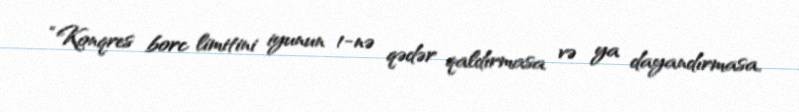
“Konqres borc limitini iyunun 1-nə qədər qaldırmasa və ya dayandırmasa,